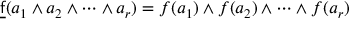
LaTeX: { \underline { { \mathsf { f } } } } ( a _ { 1 } \wedge a _ { 2 } \wedge \cdots \wedge a _ { r } ) = f ( a _ { 1 } ) \wedge f ( a _ { 2 } ) \wedge \cdots \wedge f ( a _ { r } )